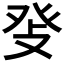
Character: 𤼧